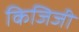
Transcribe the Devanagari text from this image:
किजिजी